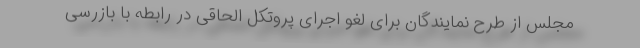
مجلس از طرح نمایندگان برای لغو اجرای پروتکل الحاقی در رابطه با بازرسی‌